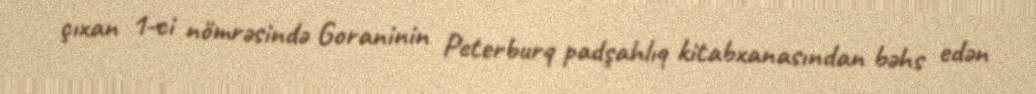
çıxan 1-ci nömrəsində Goraninin Peterburq padşahlıq kitabxanasından bəhs edən